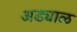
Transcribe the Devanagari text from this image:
अड्याळ